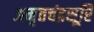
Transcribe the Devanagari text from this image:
अमृतचंद्रसूरि